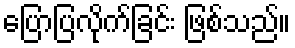
ပြောပြလိုက်ခြင်း ဖြစ်သည်။